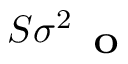
S \sigma _ { \mathrm { ~ { ~ \bf ~ O ~ } ~ } } ^ { 2 }